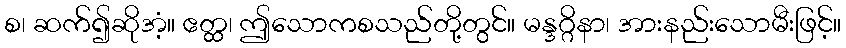
စ၊ ဆက်၍ဆိုအံ့။ ဧတ္ထ၊ ဤသောကစသည်တို့တွင်။ မန္ဒဂ္ဂိနာ၊ အားနည်းသောမီးဖြင့်။